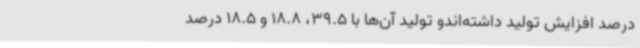
درصد افزایش تولید داشته‌اندو تولید آن‌ها با 39.5، 18.8 و 18.5 درصد